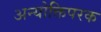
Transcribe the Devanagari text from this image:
अन्योक्तिपरक